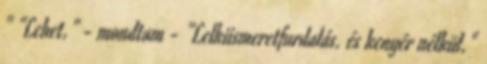
" "Lehet." - mondtam - "Lelkiismeretfurdalás. és kenyér nélkül."